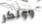
وولكر